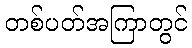
တစ်ပတ်အကြာတွင်